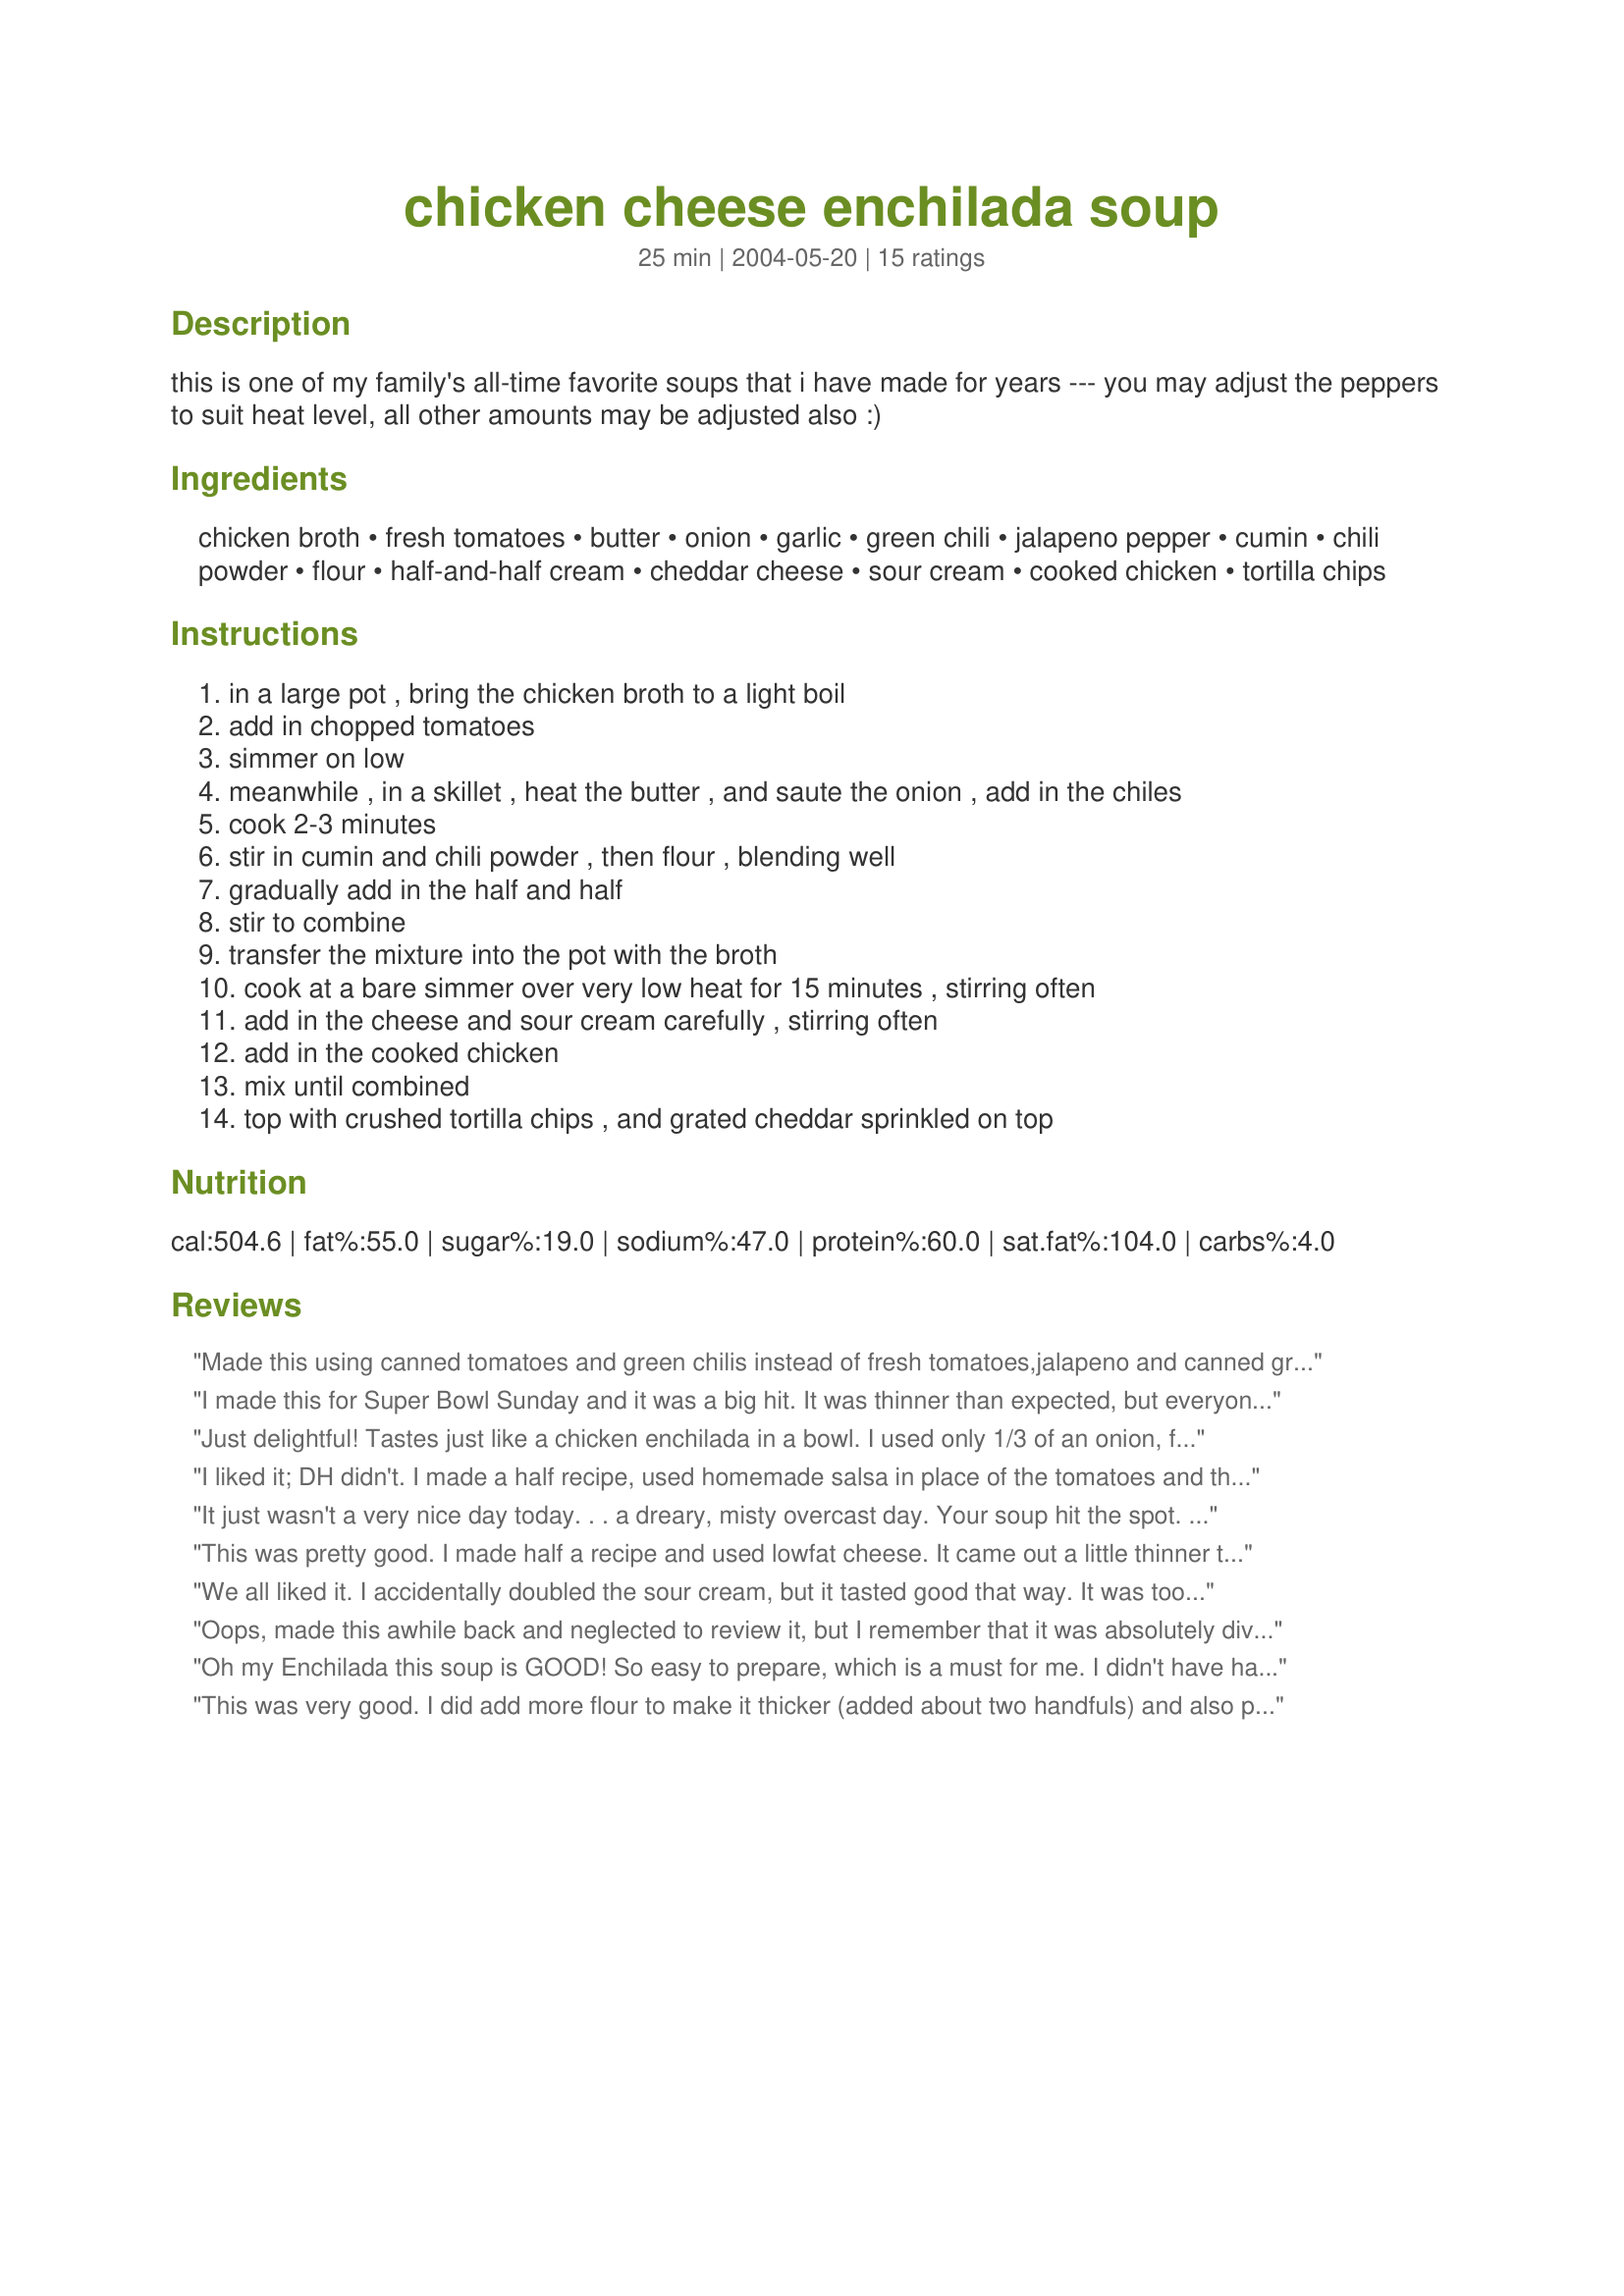
chicken cheese enchilada soup
Preparation time: 25 minutes

this is one of my family's all-time favorite soups that i have made for years --- you may adjust the peppers to suit heat level, all other amounts may be adjusted also :)

Ingredients:
chicken broth, fresh tomatoes, butter, onion, garlic, green chili, jalapeno pepper, cumin, chili powder, flour, half-and-half cream, cheddar cheese, sour cream, cooked chicken, tortilla chips

Steps:
in a large pot , bring the chicken broth to a light boil
add in chopped tomatoes
simmer on low
meanwhile , in a skillet , heat the butter , and saute the onion , add in the chiles
cook 2-3 minutes
stir in cumin and chili powder , then flour , blending well
gradually add in the half and half
stir to combine
transfer the mixture into the pot with the broth
cook at a bare simmer over very low heat for 15 minutes , stirring often
add in the cheese and sour cream carefully , stirring often
add in the cooked chicken
mix until combined
top with crushed tortilla chips , and grated cheddar sprinkled on top

Reviews:
Made this using canned tomatoes and green chilis instead of fresh tomatoes,jalapeno and canned green chilis. Very good and very easy. Family loved it. I also used the crock pot.
I made this for Super Bowl Sunday and it was a big hit. It was thinner than expected, but everyone loved it. I substituted diced tomatoes with chilis for fresh, and added whole jalepenos but ended taking them out after a few hours simmering in the crockpot because I didn't want it too spicy. Also, I cut back the cheddar chees by half and left out the sour cream, as I was trying to make it more healthy. 3 people asked for the recipe.
Just delightful! Tastes just like a chicken enchilada in a bowl. I used only 1/3 of an onion, fat-free half&half, and a little extra sour cream. The broth is delicious and I didn't think it really needed the extra cheese garnish - it's perfect as is. This is an easy-to-make soup recipe that I will use often - thanks for sharing your recipe!
I liked it; DH didn't. I made a half recipe, used homemade salsa in place of the tomatoes and the chilis (it was spicy salsa!). Subbed milk and used leftover frozen turkey in place of the chicken and added a bit more cheese than called for. I really liked it served over crushed tortilla chips and will gladly eat the leftovers!
It just wasn't a very nice day today. . . a dreary, misty overcast day. Your soup hit the spot. My husband and I couldn't stop eating it. This is a great tasting soup that is easy to prepare. I only used about 1/4 teaspoon of the Jalapeno peppers (I'm such a whimp) and it was perfect for us. Because I already had some frozen chicken in the freezer, this made the soup even quicker to prepare. I topped this soup with a mixture of cheddar and jack cheese and served a small garden salad and bread. A great meal!!! Thanks again KittenCal, for sharing another one your great recipes. 

This was pretty good. I made half a recipe and used lowfat cheese. It came out a little thinner than expected, but sure was tasty. I could even go for more spice, so next time might use the seeds with the jalepeno! Thanks for sharing!
We all liked it. I accidentally doubled the sour cream, but it tasted good that way. It was too thin for me, so next time I will double or more the flour. It could also have something to do with using milk instead of half and half? But the flavors were great!
Oops, made this awhile back and neglected to review it, but I remember that it was absolutely divine. If it weren't so sinful I'd eat it all the time. Soup as comfort food!
Oh my Enchilada this soup is GOOD! So easy to prepare, which is a must for me. I didn't have half and half, so I used half whipping cream and half milk, oh darn. I also included the entire small jar of green chilies as I didn't want half a can sitting around. Fits in perfectly with this low carb lady!
This was very good. I did add more flour to make it thicker (added about two handfuls) and also put in a can of Rotel instead of the tomato/chilis. Thanks!
I altered this recipe a bit to fit what I had on hand. I made this with fat free milk instead of half and half, and light sour cream and it was still delicious! I also used a few cups less chicken broth so I could add a 28oz can of enchilada sauce because I had it sitting around in the cupboard. I used a can of chopped tomatoes and a whole 7oz can of green chilies because I love them! My boyfriend said "I think this is your best soup yet." Your recipes are so fun to cook and easy to customize!
I wasn't sure how much flour to add as I didn't see the amount referenced in the ingredients. I guessed at about a tablespoon and that seemed to work ok. I am not a lover of cumin so decreased the amount and still found the flavor to be a little much for me. I added more cheese and sour cream to compensate. Thanks for sharing the recipe.
My husband made this last night and it was fabulous. I just had to review it and say thanks for passing the recipe on.
We absolutely loved this soup! Not too heavy, but still a creamy-type base. My husband even said, unsolicited, "I think we should keep this for another time!" which in his vocabulary is code for "This recipe deserves 5 stars!" :) I think ours was probably a little different - I had to sub some ingredients. I cut the recipe in half. Only had 2 cups chicken broth, so then used almost a cup of water. Also didn't have tomato, so I used a can of Rotel tomatoes/green chiles and added all the juice from that, which can be spicy - put some of that can into the sauteeing onions. I used light cream mixed with skim milk for the 1/2 & 1/2. Halving the recipe called for 1 cup chicken, but my husband asked that I double that part of it next time. Other than the substitutions, I followed the directions exactly. What a delicious soup! Thanks for sharing!
Delicious! I didn't have any fresh tomatoes so I used canned diced tomatoes, but it still turned out wonderfully! I will definitely put this on the list for next winter!
